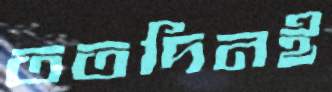
ততদিনই